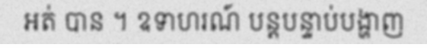
អត់ បាន ។ ឧទាហរណ៍ បន្តបន្ទាប់បង្ហាញ